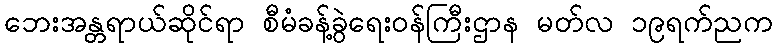
ဘေးအန္တရာယ်ဆိုင်ရာ စီမံခန့်ခွဲရေးဝန်ကြီးဌာန မတ်လ ၁၉ရက်ညက